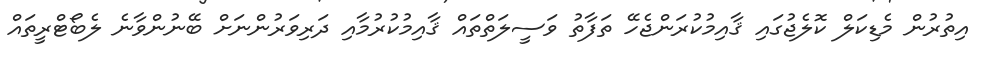
އިތުރުން މެޑިކަލް ކޮލެޖުގައި ޤާއިމުކުރަންޖެހޭ ތަފާތު ވަސީލަތްތައް ޤާއިމުކުރުމާއި ދަރިވަރުންނަށް ބޭނުންވާނެ ލެބޯޓްރީތައް